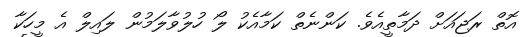
އޮތް ރަޖައަށް ދަމާތީއެވެ. ކަންނެތް ކަމާއެކު ލޯ ހުލުވާލަމުން ލައިލް އެ މީހަކާ